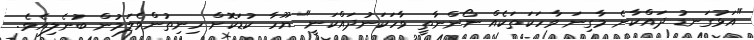
"އަޅުގަނޑު ދައްކާނެ މާގިނަ ވާހަކަތަކެއް ނޯންނާތީ ވާހަކަނުދައްކަނީ" ޔޫހާ ކުޑަކޮށް ހިނިތުންވެލަމުން ބުނެލިއެވެ.